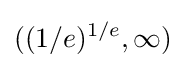
((1/e)^{1/e},\infty )